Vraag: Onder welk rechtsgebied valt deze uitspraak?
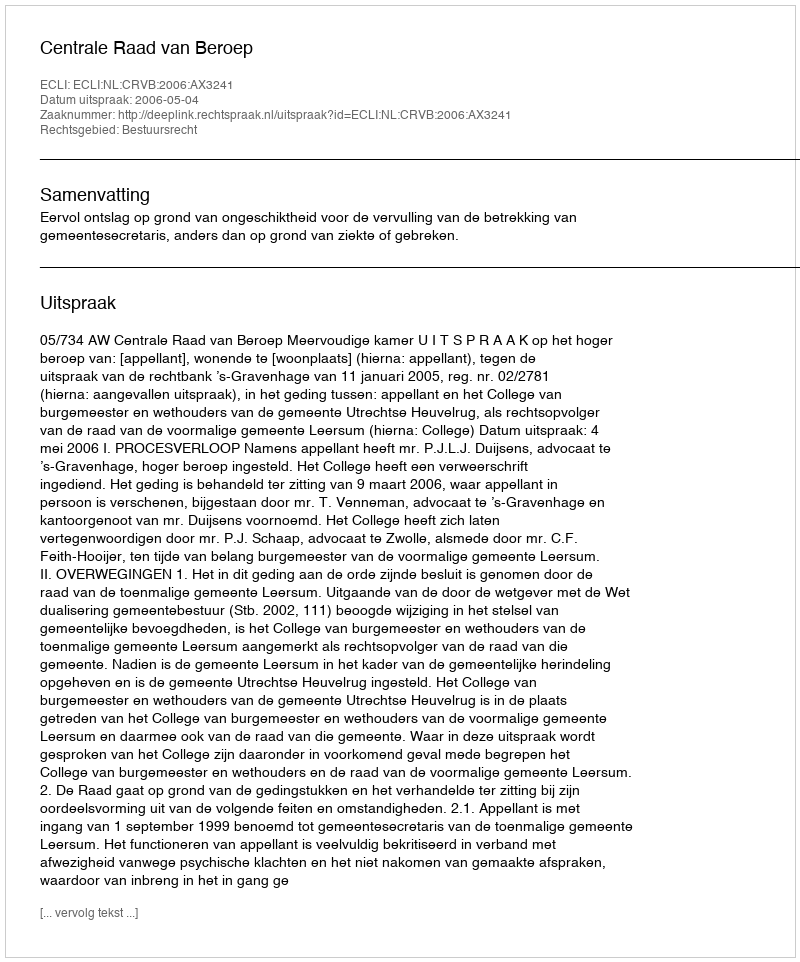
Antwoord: Bestuursrecht